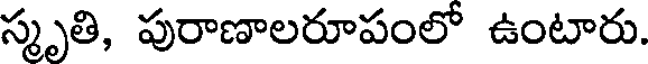
స్మృతి, పురాణాలరూపంలో ఉంటారు.